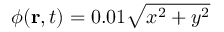
\phi ( \mathbf { r } , t ) = 0 . 0 1 \sqrt { x ^ { 2 } + y ^ { 2 } }